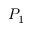
P _ { 1 }